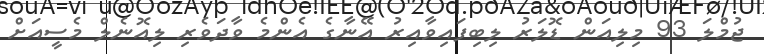
ޖުމްލަ 93 މިލިއަން ޑޮލަރު ލިބިފައިވާއިރު އޭނާގެ އެންމެ ވާދަވެރި ލިއޮނެލް މެސީއަށް